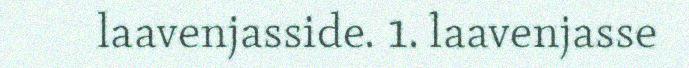
laavenjasside. 1. laavenjasse